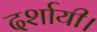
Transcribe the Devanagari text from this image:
दर्शायी।